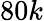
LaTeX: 80k